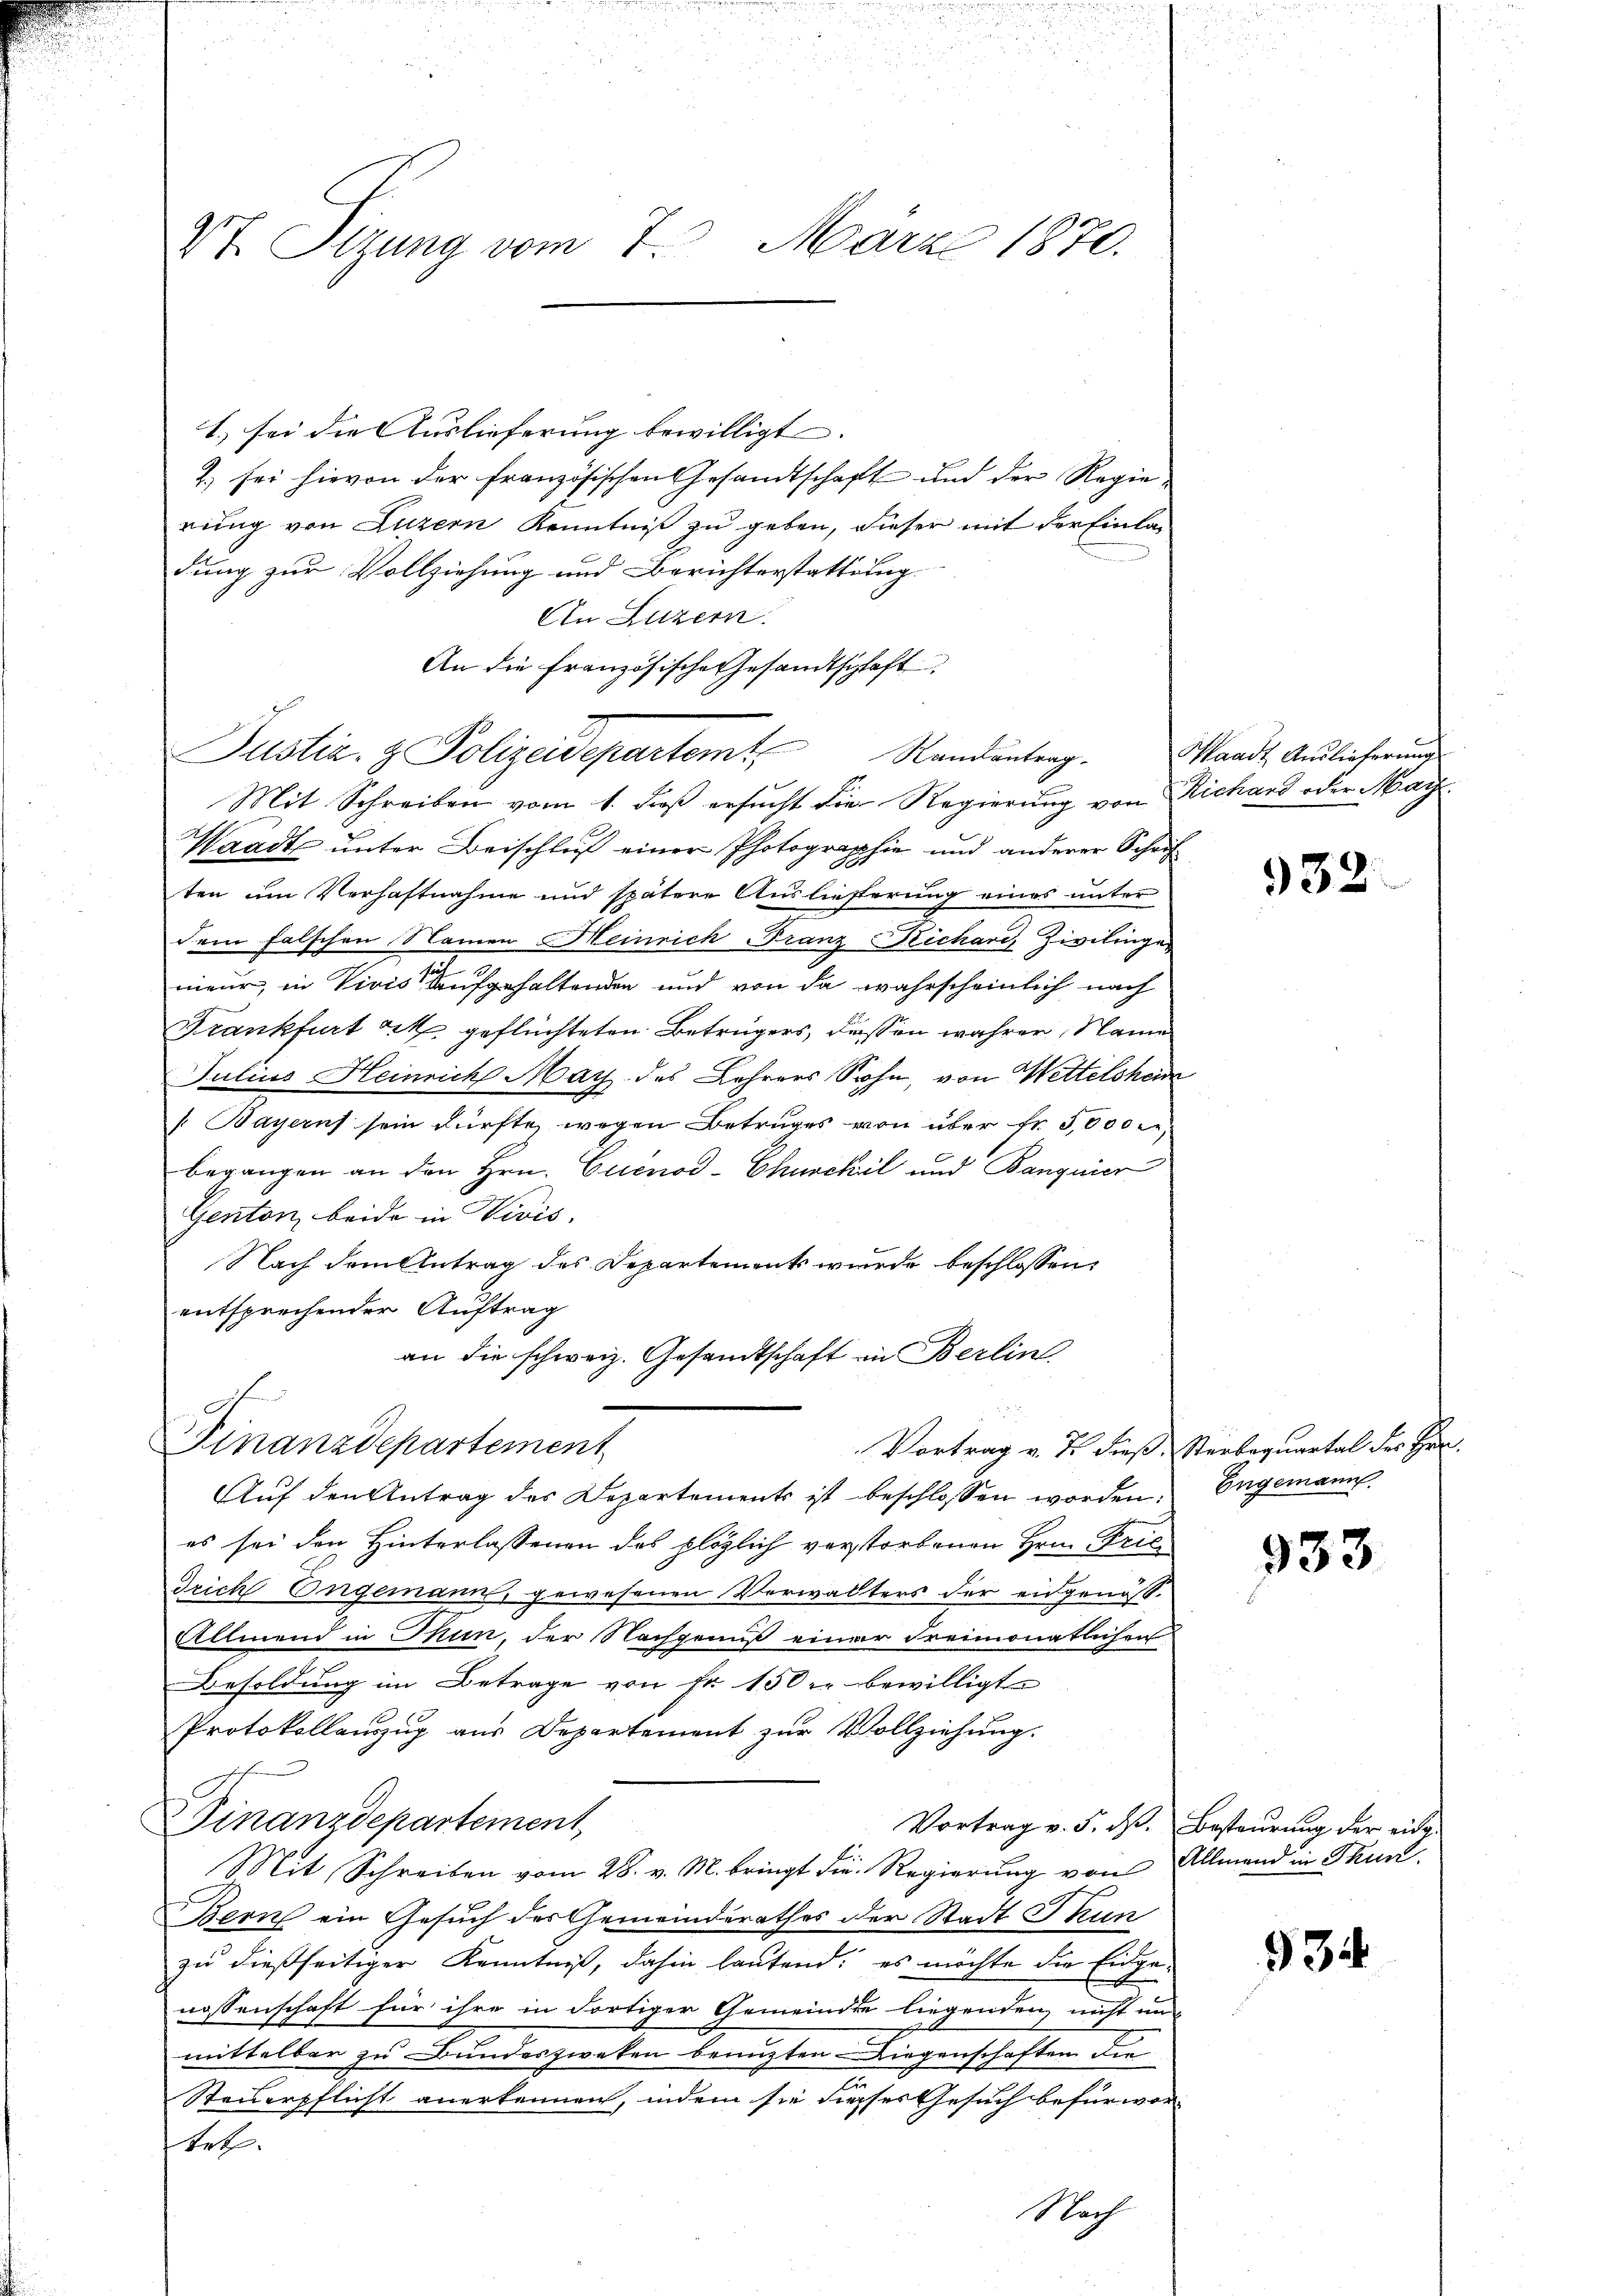
Vt. Sitzung vom 7. März 1870.

1.) sei die Auslieferung bewilligt. |
2) sei hievon der französischen Gesandtschaft und der Regie-
rung von Luzern Kenntniß zu geben, dieser mit der Einladung zur Vollziehung und Berichterstattung
An Luzern.
An die französische Gesandtschaft
Justiz- & Polizeidepartemt, Standenberg.
Mit Schreiben vom 1. daß ersucht die Regierung von Richard oder Marz
Waadt unter Beischluß einer Photographie und anderer Schrif
ten um Verhaftnahme und spätere Auslieferung eines unter
dem falschen Namen Heinrich Franz-Reichari, Zivilinge
nieur, in Vivis aufgehaltenden und von da wahrscheinlich nach
Frankfurt etc. geflüchteten Betrügers, dassen wahrer, Name
Julius Heinrich May des Lehrers Sohn, von Wettelsheim
/Bayerns sein dürfte, wegen Betruges von über fr. 5000 M.
begangen an den Hrn. Cuienod-Churckil und Banquier
Genton beide in Vivis.
Nach dem Antrag des Departements wurde beschlossen:
entsprechender Auftrag
an die schweiz. Gesandtschaft in Berlin
2
Finanzdepartement
Vortrag v. J. dieß Sterbequartal des Her¬
Auf den Antrag des Departements ist beschlossen worden, Engemann
es sei den Hinterlassenen des plözlich verstorbenen Hrn. Fric
Trich Engemann, gewesenen Verwalters der eidgenöss¬
Allmend in Mun, der Nachgenuß einer dreimonatlichen
Besoldung im Betrage von Fr. 150 r. bewilligt.
Protokollauszug aus Departement zur Vollziehung.
Finanzdepartement
Vortrag v. 5. dß. Besteurung der eid¬
Mit Schreiben vom 28. v. M. bringt die Regierŭng von Allmend in Thun.
Bern ein Gesuch des Gemeinderathes der Stadt Thun
zu dießseitiger Kenntniß, dahin lautend: es möchte die Eidgenossenschaft für ihre in dortiger Gemeinde liegenden nicht un
mittelbar zu Bundeszweken benuzten Liegenschaften die
Steuerpflicht anerkennen, indem sie diesses Gesuch befür vor-
tet.

Nach

Waadt, Auslieferung

932

933.

934